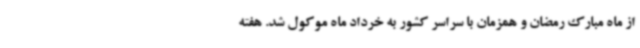
از ماه مبارک رمضان و همزمان با سراسر کشور به خرداد ماه موکول شد. هفته